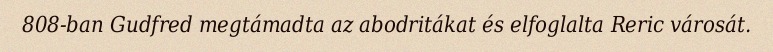
808-ban Gudfred megtámadta az abodritákat és elfoglalta Reric városát.